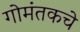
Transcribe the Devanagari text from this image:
गोमंतकचे